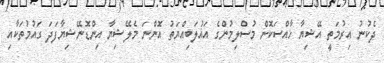
ދެކުނު އިރުމަތީ އޭޝިޔާ ޚާއްސަކޮށް މުސްލިމުންގެ އަޣުލަބިއްޔަތު އޮންނަ މެލޭޝިޔާ އިންޑޮނޭޝިޔާފަދަ ގައުމުތަކާއި